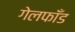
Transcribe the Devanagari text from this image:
गेलफाँड